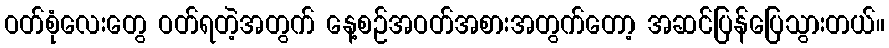
ဝတ်စုံလေးတွေ ဝတ်ရတဲ့အတွက် နေ့စဉ်အဝတ်အစားအတွက်တော့ အဆင်ပြန်ပြေသွားတယ်။